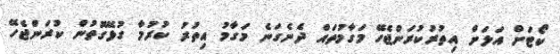
ކޯޓަށް އަލަށް އިތުރުކުރަންޖެހޭ މަގާމުތައް ދެނެގަނެ މަގާމު އިތުރު ކުރުމާ ގުޅޭގޮތުން ކުރަންޖެހޭ